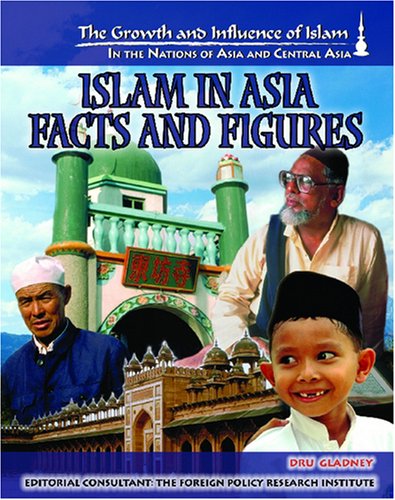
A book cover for Islam in Asia: Facts and Figures (Growth and Influence of Islam in the Nations of Asia and Central Asia); Dorothy Kavanaugh; Teen & Young Adult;